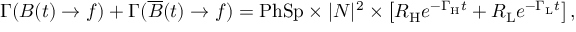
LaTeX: \Gamma ( B ( t ) \to f ) + \Gamma ( \overline { { { B } } } ( t ) \to f ) = \mathrm { P h S p } \times | { \cal N } | ^ { 2 } \times \left[ R _ { \mathrm { H } } e ^ { - \Gamma _ { \mathrm { H } } t } + R _ { \mathrm { L } } e ^ { - \Gamma _ { \mathrm { L } } t } \right] ,